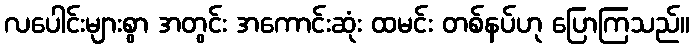
လပေါင်းများစွာ အတွင်း အကောင်းဆုံး ထမင်း တစ်နပ်ဟု ပြောကြသည်။